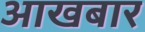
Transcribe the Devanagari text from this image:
आखबार